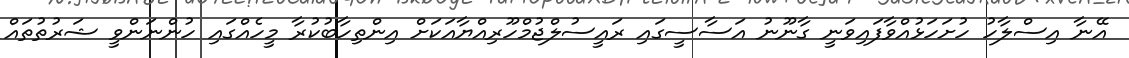
އޭނާ އިސްލާހު ހުށަހަޅުއްވާފައިވަނީ ގާނޫނު އަސާސީގައި ރައީސުލްޖުމްހޫރިއްޔާއަކަށް އިންތިހާބުކުރާ މީހެއްގައި ހުންނަންވީ ޝަރުތުތައް